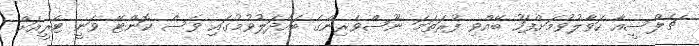
ޗެލްސީއާ ހަވާލުވުމަށްފަހު ބޭއްވި ފުރަތަމަ ނޫސްވެރިންގެ ބައްދަލުވުމުގައި ވެސް ކޮންޓޭ ވަނީ ޓެރީއަށް